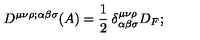
D ^ { \mu \nu \rho ; \alpha \beta \sigma } ( A ) = \frac { 1 } { 2 } \: \delta _ { \alpha \beta \sigma } ^ { \mu \nu \rho } D _ { F } ;